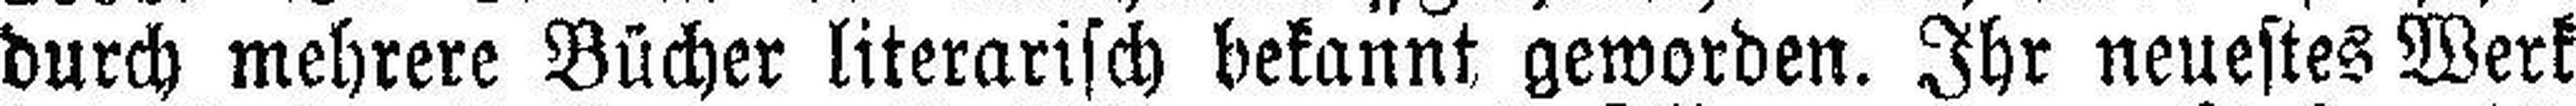
durch mehrere Bücher literarisch bekannt geworden. Ihr neuestes Werk